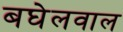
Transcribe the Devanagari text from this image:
बघेलवाल